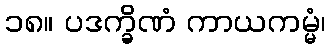
၁၈။ ပဒက္ခိဏံ ကာယကမ္မံ၊